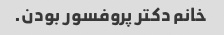
خانم دکتر پروفسور بودن.